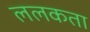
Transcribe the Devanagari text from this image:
ललकता